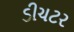
ડીચટર